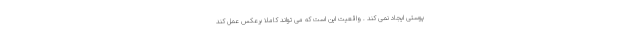
پوستی ایجاد نمی کند . واقعیت این است که می تواند کاملا برعکس عمل کند